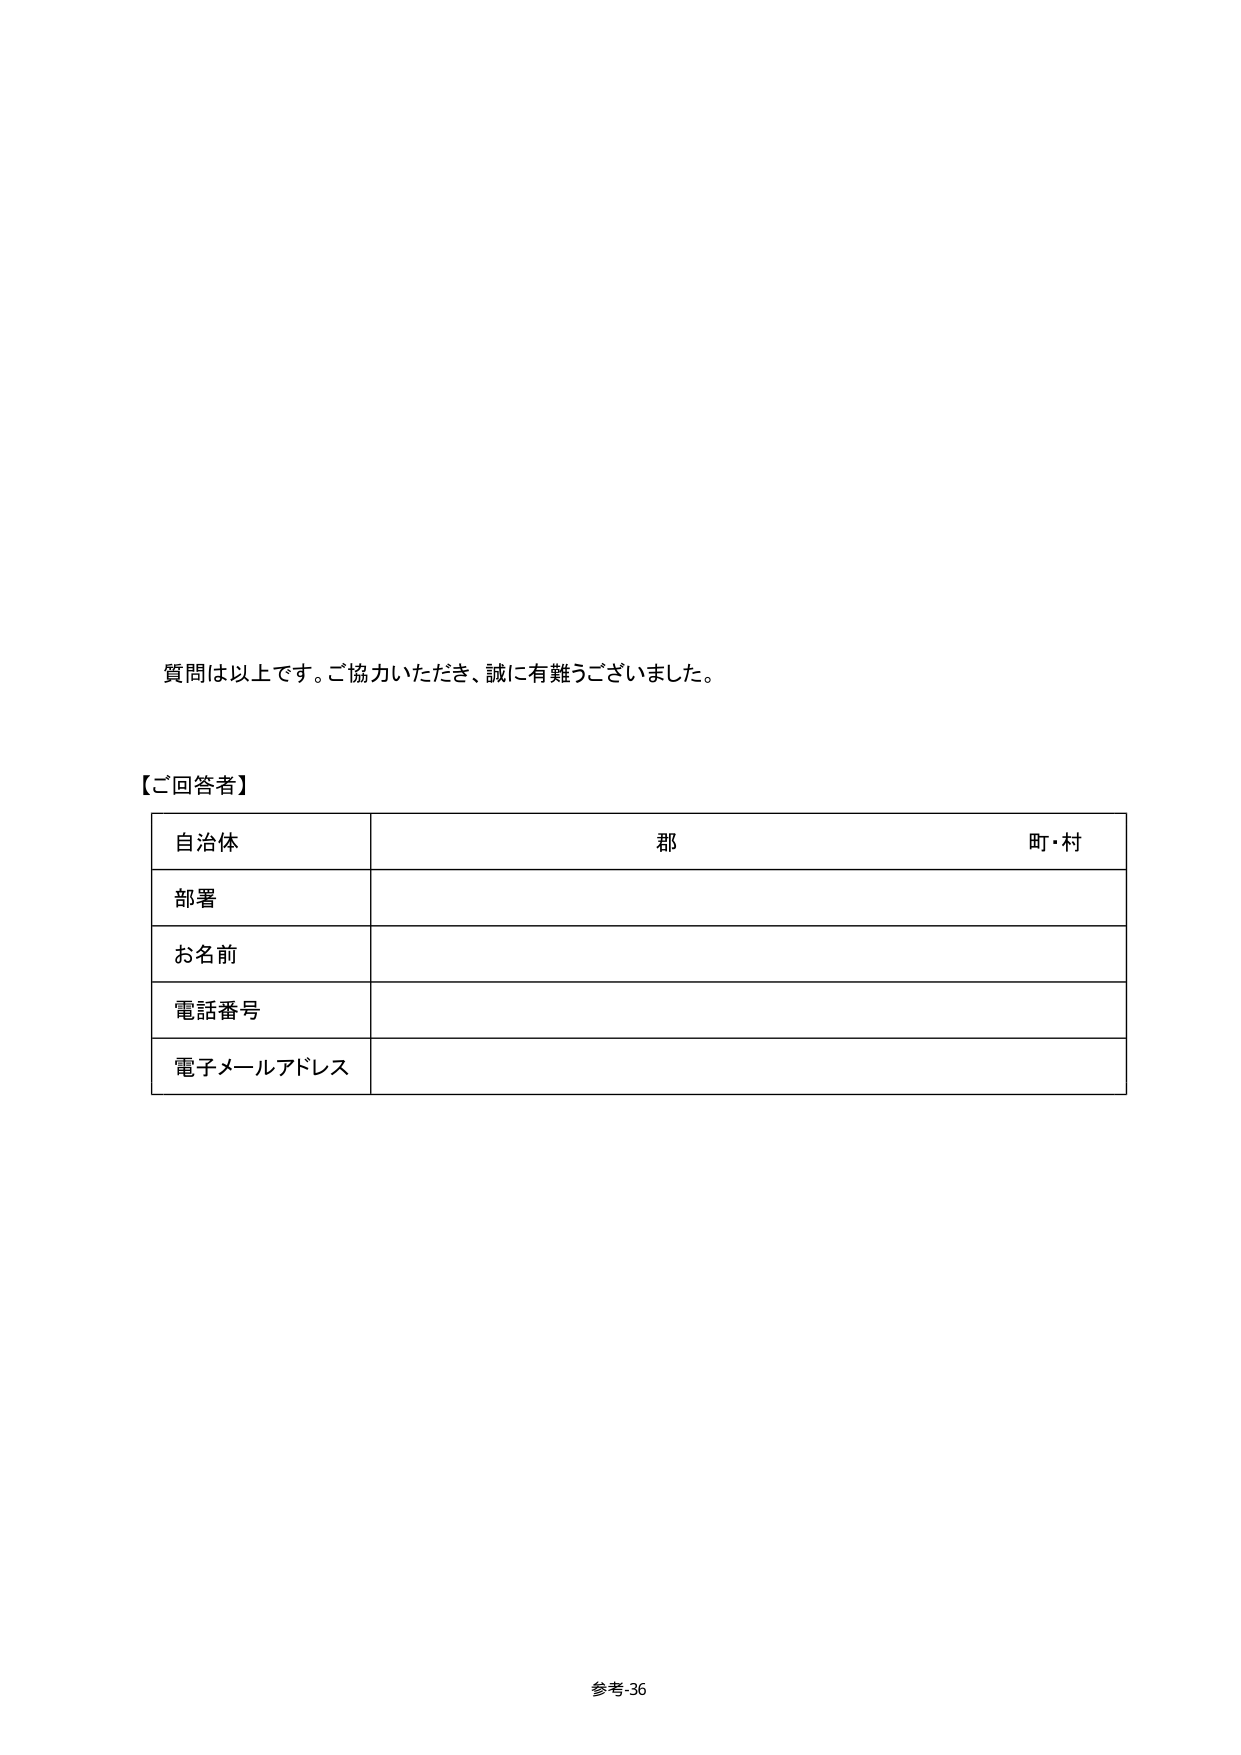
質問は以上です。ご協力いただき、誠に有難うございました。

【ご回答者】
自治体　　　　　　　　　　　　　郡　　　　　　　　　　　　　町・村
部署
お名前
電話番号
電子メールアドレス

参考-36